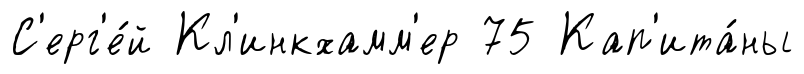
С'ерг'е́й Кл'инкхамм'ер 75 Кап'ита́ны